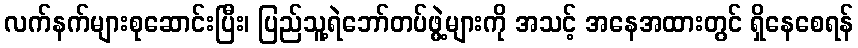
လက်နက်များစုဆောင်းပြီး၊ ပြည်သူ့ရဲဘော်တပ်ဖွဲ့များကို အသင့် အနေအထားတွင် ရှိနေစေရန်